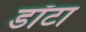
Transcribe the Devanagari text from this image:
डॉटा